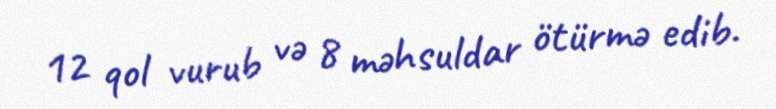
12 qol vurub və 8 məhsuldar ötürmə edib.